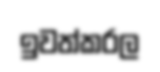
ඉවත්කරල